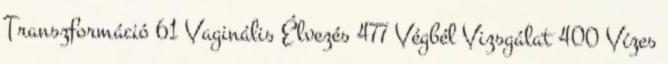
Transzformáció 61 Vaginális Élvezés 477 Végbél Vizsgálat 400 Vízes